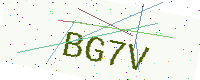
Text: BG7V